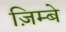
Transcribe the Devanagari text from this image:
ज़िम्बे